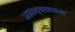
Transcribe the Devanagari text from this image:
आवश्यसकता